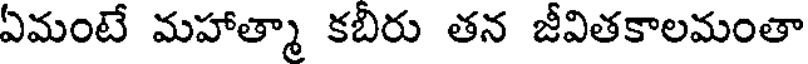
ఏమంటే మహాత్మా కబిరు తన జీవితకాలమంతా